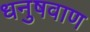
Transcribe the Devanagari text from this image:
धनुषवाण